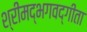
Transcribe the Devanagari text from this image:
श्रीमद्‍भगवद्‍गीता